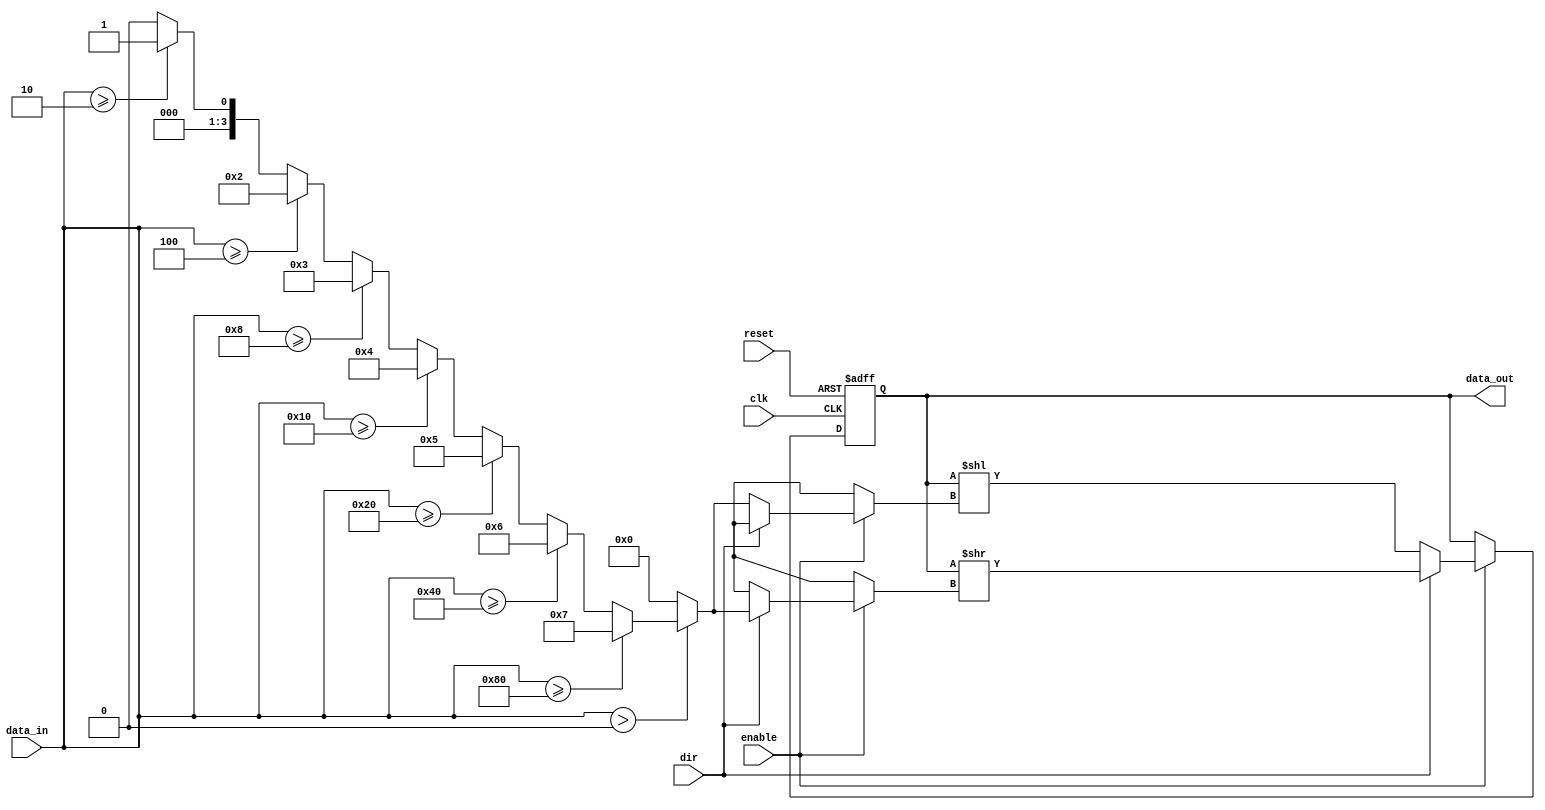
module LogarithmicShiftRegister #(
    parameter N = 8  // Width of the input and output register
)(
    input  wire clk,                // Clock signal
    input  wire reset,              // Reset signal
    input  wire enable,             // Enable signal for shifting
    input  wire dir,                // Direction: 0 for left shift, 1 for right shift
    input  wire [N-1:0] data_in,    // Input data
    output reg [N-1:0] data_out      // Output data
);

    reg [N-1:0] shift_reg;          // Internal shift register

    // Logarithmic shift amount calculation
    function [3:0] log2; 
        input [N-1:0] value;
        integer i;
        begin
            log2 = 0;
            if (value > 0) begin
                for (i = 0; i < N; i = i + 1) begin
                    if (value >= (1 << i)) begin
                        log2 = i;
                    end
                end
            end
        end
    endfunction

    // Sequential logic to handle register shift
    always @(posedge clk or posedge reset) begin
        if (reset) begin
            shift_reg <= 0;           // Reset the shift register
        end else if (enable) begin
            if (dir == 1'b0) begin  // Left shift
                shift_reg <= shift_reg << log2(data_in);
            end else begin          // Right shift
                shift_reg <= shift_reg >> log2(data_in);
            end
        end
    end

    // Output data is the current state of the shift register
    always @(*) begin
        data_out = shift_reg;
    end

endmodule